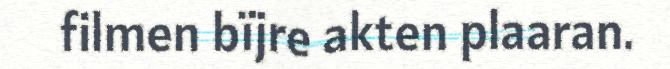
filmen bïjre akten plaaran.